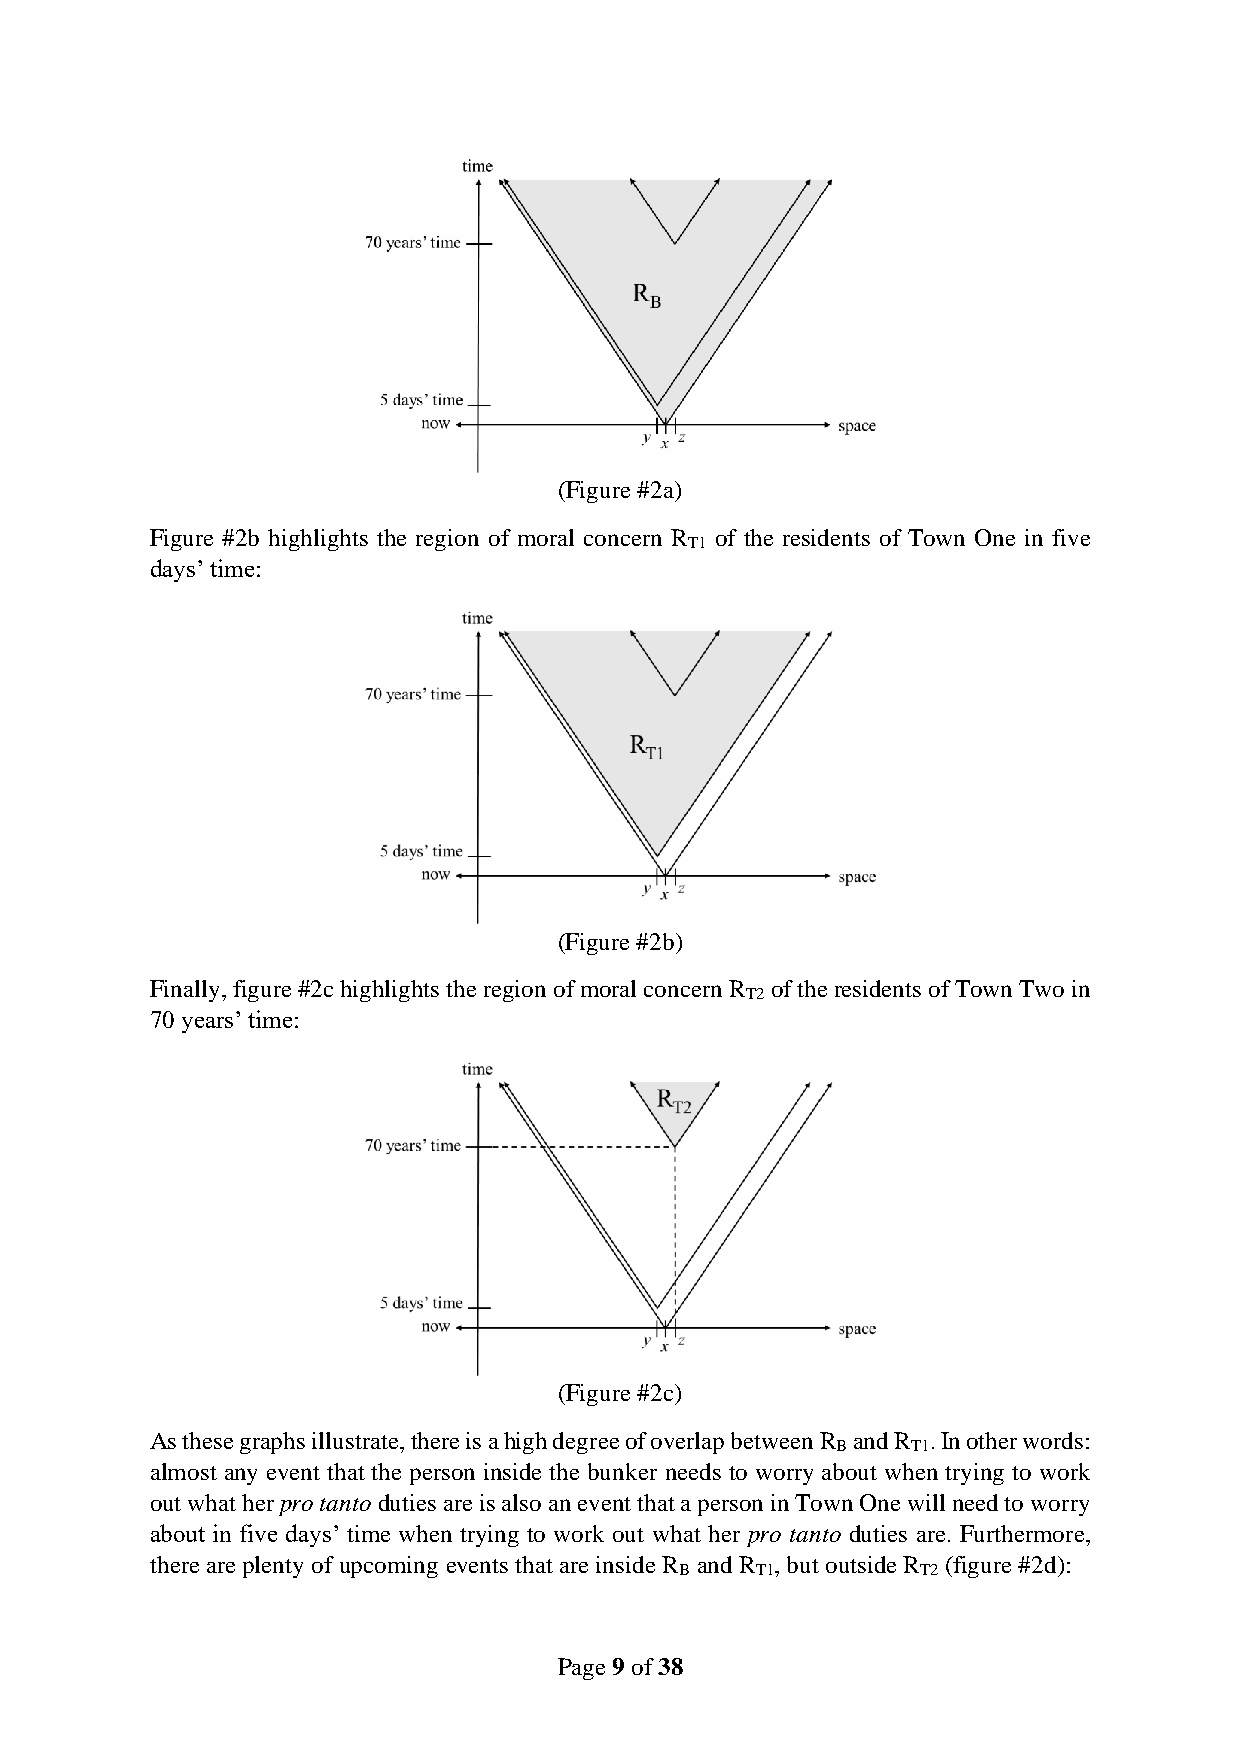
(Figure #2a)
 Figure #2b highlights the region of moral concern R of the residents of Town One in five
 T1
 days’ time:
 (Figure #2b)
 Finally, figure #2c highlights the region of moral concern R of the residents of Town Two in
 T2
 70 years’ time:
 (Figure #2c)
 As these graphs illustrate, there is a high degree of overlap between R and R . In other words:
 B    T1
 almost any event that the person inside the bunker needs to worry about when trying to work
 out what her pro tanto duties are is also an event that a person in Town One will need to worry
 about in five days’ time when trying to work out what her pro tanto duties are. Furthermore,
 there are plenty of upcoming events that are inside R and R , but outside R (figure #2d):
 B    T1         T2
 Page 9 of 38